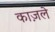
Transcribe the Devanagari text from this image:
काज़ले